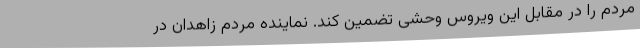
مردم را در مقابل این ویروس وحشی تضمین کند. نماینده مردم زاهدان در